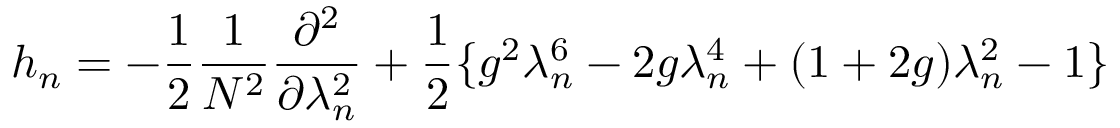
h _ { n } = - \frac { 1 } { 2 } \frac { 1 } { N ^ { 2 } } \frac { \partial ^ { 2 } } { \partial \lambda _ { n } ^ { 2 } } + \frac { 1 } { 2 } \{ g ^ { 2 } \lambda _ { n } ^ { 6 } - 2 g \lambda _ { n } ^ { 4 } + ( 1 + 2 g ) \lambda _ { n } ^ { 2 } - 1 \}